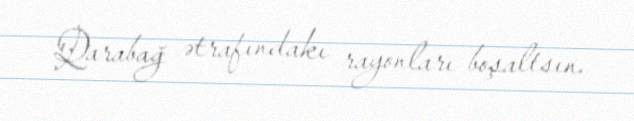
Qarabağ ətrafındakı rayonları boşaltsın.